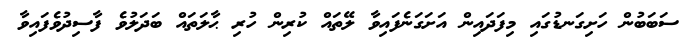
ސަބަބުން ހަށިގަނޑުގައި މިފަދައިން އަށަގަނެފައިވާ ލޭތައް ކުރިން ހުރި ޙާލަތައް ބަދަލުވެ ފާސިދުވެފައިވާ